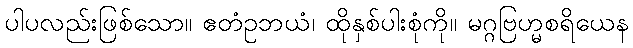
ပါပလည်းဖြစ်သော။ ဧတံဥဘယံ၊ ထိုနှစ်ပါးစုံကို။ မဂ္ဂဗြဟ္မစရိယေန